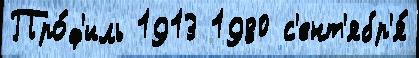
Про́ф'иль 1913 1980 с'ент'ябр'я́